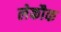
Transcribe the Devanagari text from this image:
लेकौक